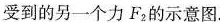
受到的另一个力F_{2}的示意图.